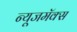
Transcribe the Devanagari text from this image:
न्यूजमॅक्स